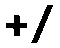
+/